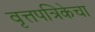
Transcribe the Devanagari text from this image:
वृत्तपत्रिकेचा